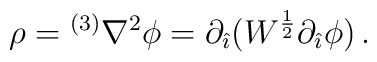
\rho={}^{(3)}\nabla^{2}\phi=\partial_{\hat{\imath}}(W^{\frac{1}{2}}\partial_{\hat{\imath}}\phi)\, .